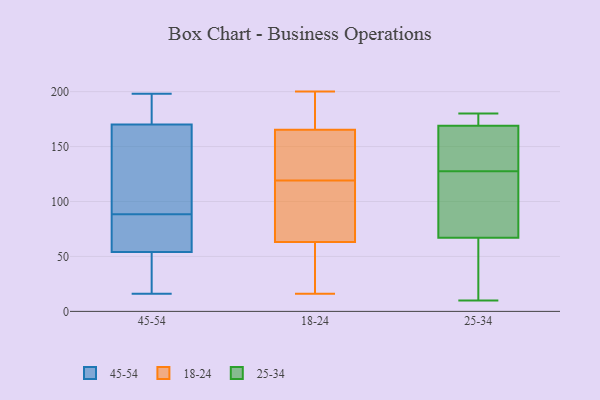
{"axis": {"x": "Humidity (%)", "y": "Value"}, "legend": ["18-24", "25-34", "45-54"], "data": [{"x": "", "y": 23, "type": "45-54"}, {"x": "", "y": 16, "type": "45-54"}, {"x": "", "y": 162, "type": "45-54"}, {"x": "", "y": 109, "type": "45-54"}, {"x": "", "y": 198, "type": "45-54"}, {"x": "", "y": 177, "type": "45-54"}, {"x": "", "y": 175, "type": "45-54"}, {"x": "", "y": 33, "type": "45-54"}, {"x": "", "y": 81, "type": "45-54"}, {"x": "", "y": 65, "type": "45-54"}, {"x": "", "y": 170, "type": "45-54"}, {"x": "", "y": 30, "type": "45-54"}, {"x": "", "y": 130, "type": "45-54"}, {"x": "", "y": 59, "type": "45-54"}, {"x": "", "y": 85, "type": "45-54"}, {"x": "", "y": 54, "type": "45-54"}, {"x": "", "y": 92, "type": "45-54"}, {"x": "", "y": 172, "type": "45-54"}, {"x": "", "y": 142, "type": "18-24"}, {"x": "", "y": 76, "type": "18-24"}, {"x": "", "y": 200, "type": "18-24"}, {"x": "", "y": 189, "type": "18-24"}, {"x": "", "y": 40, "type": "18-24"}, {"x": "", "y": 122, "type": "18-24"}, {"x": "", "y": 157, "type": "18-24"}, {"x": "", "y": 121, "type": "18-24"}, {"x": "", "y": 194, "type": "18-24"}, {"x": "", "y": 97, "type": "18-24"}, {"x": "", "y": 97, "type": "18-24"}, {"x": "", "y": 16, "type": "18-24"}, {"x": "", "y": 168, "type": "18-24"}, {"x": "", "y": 195, "type": "18-24"}, {"x": "", "y": 32, "type": "18-24"}, {"x": "", "y": 59, "type": "18-24"}, {"x": "", "y": 119, "type": "18-24"}, {"x": "", "y": 45, "type": "18-24"}, {"x": "", "y": 94, "type": "18-24"}, {"x": "", "y": 168, "type": "25-34"}, {"x": "", "y": 49, "type": "25-34"}, {"x": "", "y": 131, "type": "25-34"}, {"x": "", "y": 119, "type": "25-34"}, {"x": "", "y": 148, "type": "25-34"}, {"x": "", "y": 110, "type": "25-34"}, {"x": "", "y": 11, "type": "25-34"}, {"x": "", "y": 171, "type": "25-34"}, {"x": "", "y": 170, "type": "25-34"}, {"x": "", "y": 124, "type": "25-34"}, {"x": "", "y": 53, "type": "25-34"}, {"x": "", "y": 10, "type": "25-34"}, {"x": "", "y": 81, "type": "25-34"}, {"x": "", "y": 180, "type": "25-34"}, {"x": "", "y": 171, "type": "25-34"}, {"x": "", "y": 152, "type": "25-34"}]}